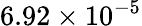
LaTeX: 6.92\times 10^{-5}